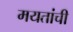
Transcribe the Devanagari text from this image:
मयतांची